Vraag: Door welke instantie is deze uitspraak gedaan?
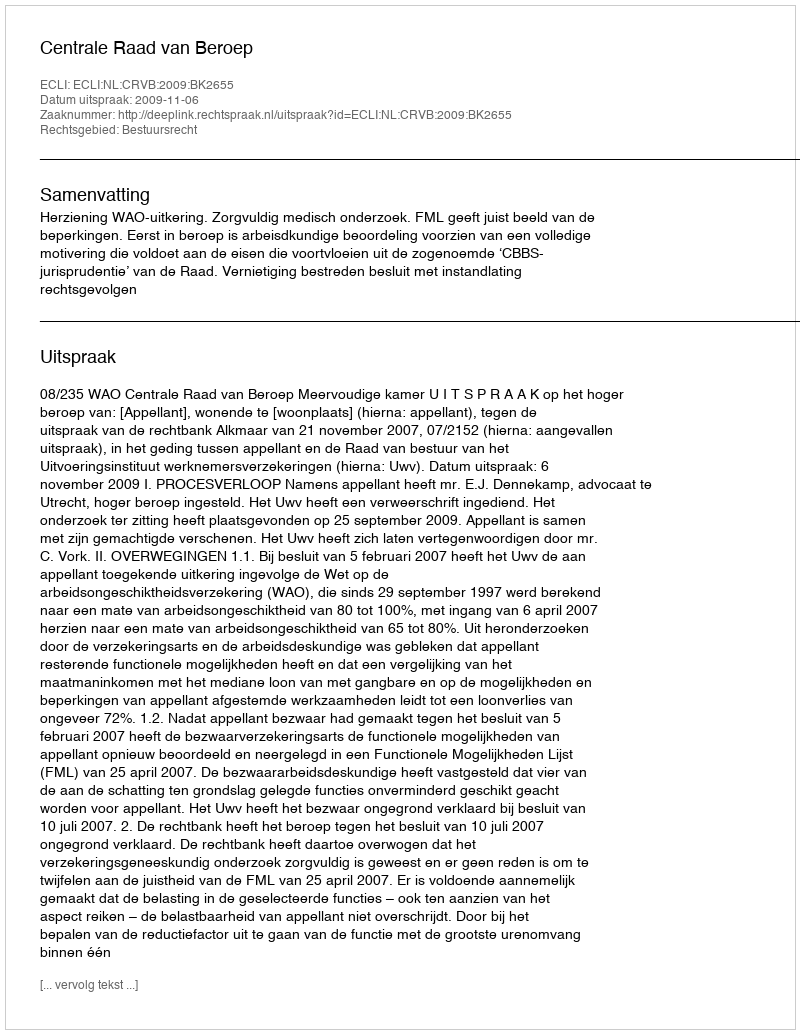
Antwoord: Centrale Raad van Beroep